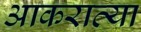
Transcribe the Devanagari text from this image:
आकराव्या